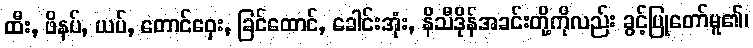
ထီး, ဖိနပ်, ယပ်, တောင်ဝှေး, ခြင်ထောင်, ခေါင်းအုံး, နိသီဒိုန်အခင်းတို့ကိုလည်း ခွင့်ပြုတော်မူ၏၊